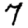
Digit: 7